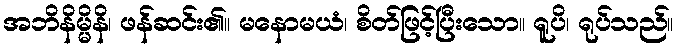
အဘိနိမ္မိနိ၊ ဖန်ဆင်း၏။ မနောမယံ၊ စိတ်ဖြင့်ပြီးသော။ ရူပိ၊ ရုပ်သည်။